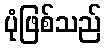
ပုံဖြစ်သည်